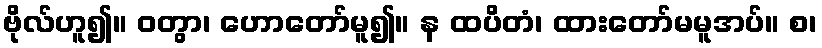
ဗိုလ်ဟူ၍။ ဝတွာ၊ ဟောတော်မူ၍။ န ထပိတံ၊ ထားတော်မမူအပ်။ စ၊